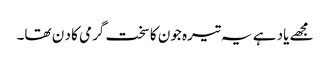
مجھے یاد ہے یہ تیرہ جون کا سخت گرمی کا د ن تھا۔